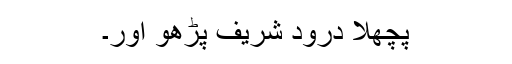
پچھلا درود شریف پڑھو اور۔